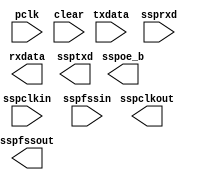
/* talker.v
    implements transmit/receive logic
*/

module talker(input [7:0] txdata,       // word received 
              input pclk,               // ssp clk 
              input clear,              // active low clear
              input sspclkin,           // synchronization clk for data received, period = 2*pclk 
              input sspfssin,           // frame control signal for data received 
              input ssprxd,             // 1-bit input 

              output [7:0] rxdata,      // word to be transferred 
              output sspoe_b,           // active low enable for data transmission 
              output ssptxd,            // 1-bit output 
              output sspclkout,         // synchronization clk for data transferred, period = 2*pclk 
              output sspfssout);        // frame control signal for data transferred 

endmodule